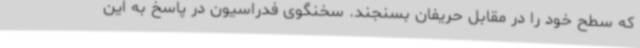
که سطح خود را در مقابل حریفان بسنجند. سخنگوی فدراسیون در پاسخ به این